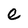
Character: e